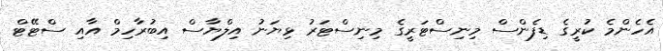
އެހެންމެ ކުރީގެ ޑިފެންސް މިނިސްޓަރީގެ މިނިސްޓަރު ޅިޔަނު އިލްޔާސް އިބުރާހިމް އާއި ސްޓޭޓް